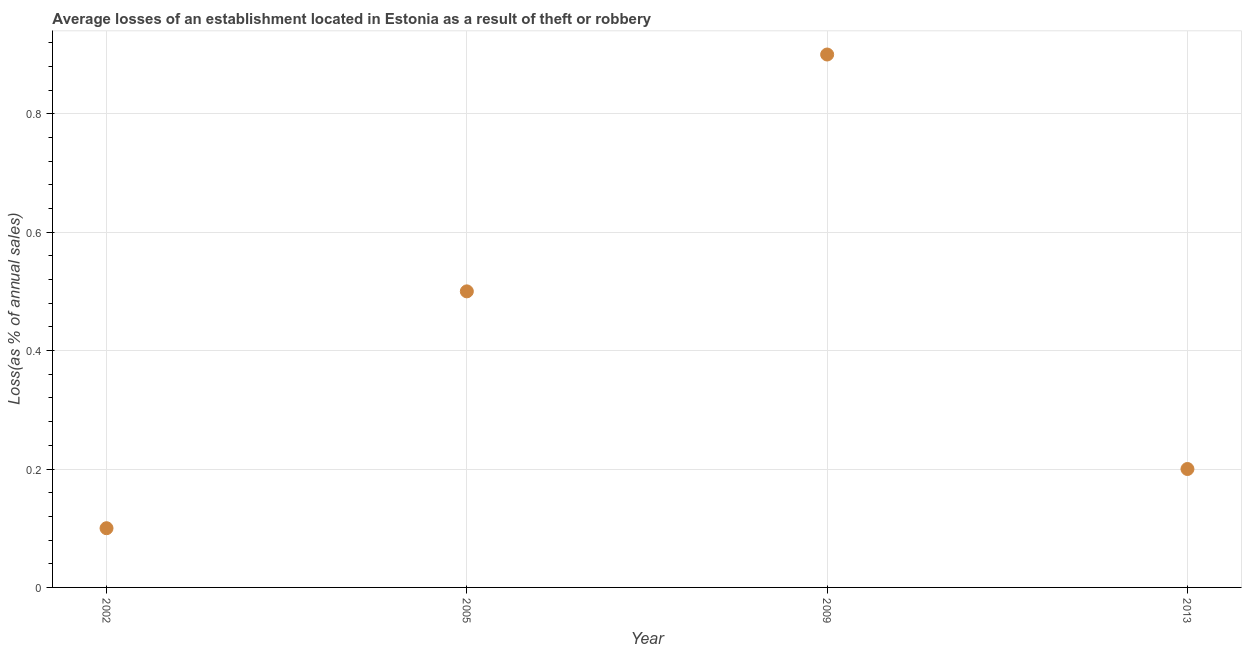
| Year | Losses due to theft |
 | --- | --- |
 | 2002 | 0.1 |
 | 2005 | 0.5 |
 | 2009 | 0.9 |
 | 2013 | 0.2 |